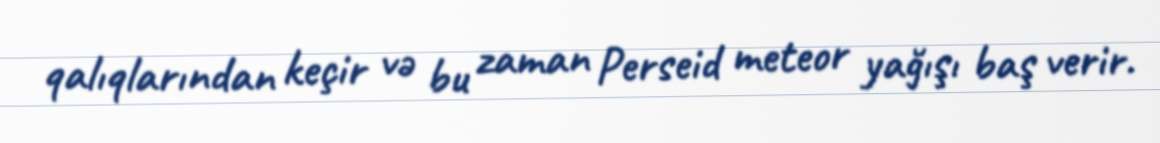
qalıqlarından keçir və bu zaman Perseid meteor yağışı baş verir.